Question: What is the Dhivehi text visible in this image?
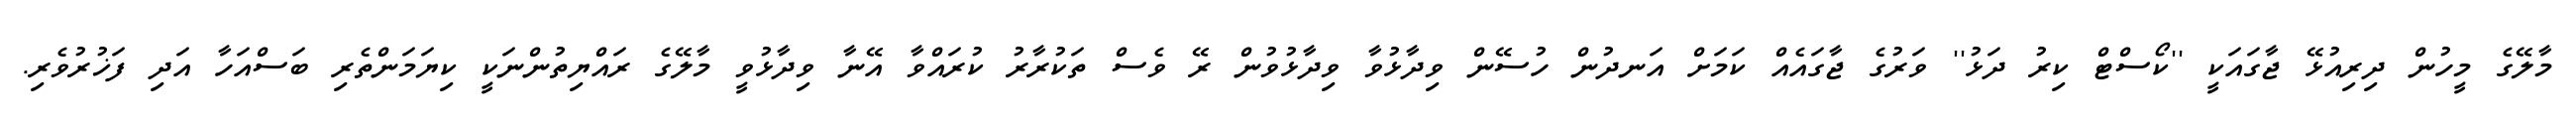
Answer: މާލޭގެ މީހުން ދިރިއުޅޭ ޖާގައަކީ ''ކޯސްޓް ކިރު ދަޅު'' ވަރުގެ ޖާގައެއް ކަމަށް އަނދުން ހުސޭން ވިދާޅުވާ ވިދާޅުވުން ރޭ ވެސް ތަކުރާރު ކުރައްވާ އޭނާ ވިދާޅުވީ މާލޭގެ ރައްޔިތުންނަކީ ކިޔަމަންތެރި ބަސްއަހާ އަދި ފަޚުރުވެރި.